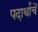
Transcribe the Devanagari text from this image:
पदार्थांचें